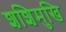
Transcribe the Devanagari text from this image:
शशिमुखि